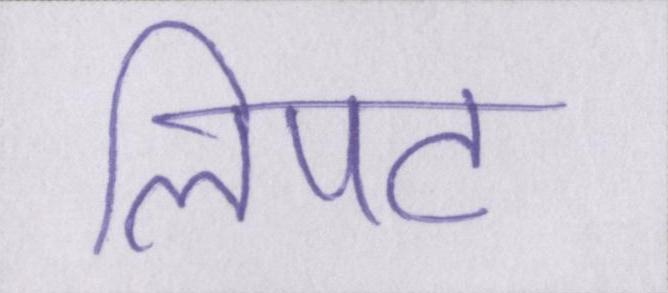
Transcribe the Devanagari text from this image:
लिपट